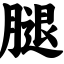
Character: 腿